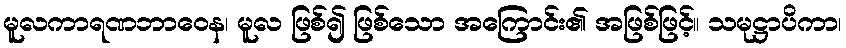
မူလကာရဏဘာဝေန၊ မူလ ဖြစ်၍ ဖြစ်သော အကြောင်း၏ အဖြစ်ဖြင့်။ သမုဋ္ဌာပိကာ၊